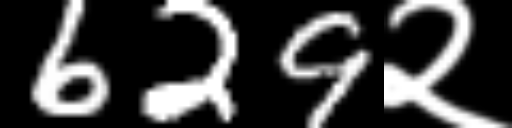
Text: 629२